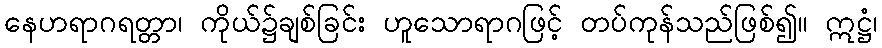
နေဟရာဂရတ္တာ၊ ကိုယ်၌ချစ်ခြင်း ဟူသောရာဂဖြင့် တပ်ကုန်သည်ဖြစ်၍။ ဣဋ္ဌံ၊